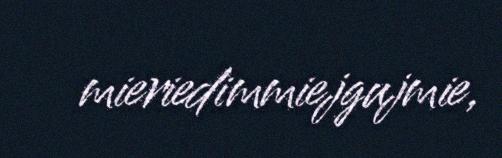
mieriedimmiejgujmie,